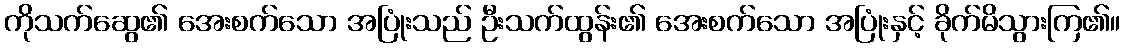
ကိုသက်ဆွေ၏ အေးစက်သော အပြုံးသည် ဦးသက်ထွန်း၏ အေးစက်သော အပြုံးနှင့် ခိုက်မိသွားကြ၏။